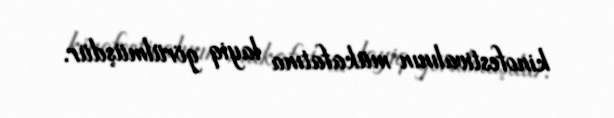
kinofestivalının mükafatına layiq görülmüşdür.